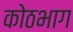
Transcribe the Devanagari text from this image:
कोठभाग